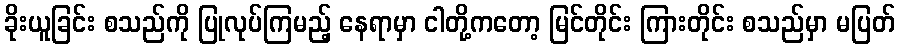
ခိုးယူခြင်း စသည်ကို ပြုလုပ်ကြမည့် နေရာမှာ ငါတို့ကတော့ မြင်တိုင်း ကြားတိုင်း စသည်မှာ မပြတ်